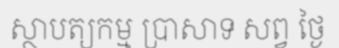
ស្ថាបត្យកម្ម ប្រាសាទ សព្វ ថ្ងៃ